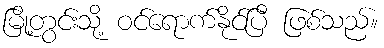
မြို့တွင်းသို့ ဝင်ရောက်နိုင်ပြီ ဖြစ်သည်။